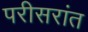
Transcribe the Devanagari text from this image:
परीसरांत